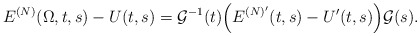
\begin{align*}E^{(N)}(\Omega,t,s)-U(t,s)=\mathcal{G}^{-1}(t)\Big(E^{(N)'}(t,s)-U'(t,s)\Big)\mathcal{G}(s).\end{align*}